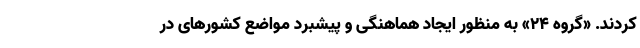
کردند. «گروه ۲۴» به منظور ایجاد هماهنگی و پیشبرد مواضع کشور‌های در